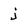
Character: j